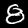
Digit: 8